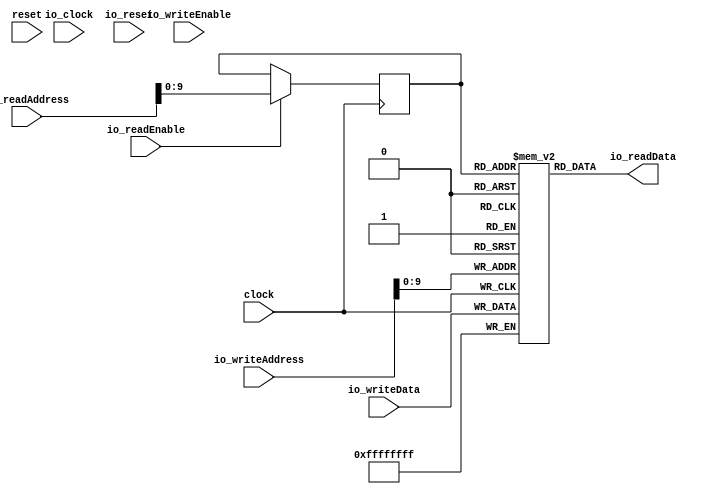
module bsram( // @[:@3.2]
  input         clock, // @[:@4.4]
  input         reset, // @[:@5.4]
  input         io_clock, // @[:@6.4]
  input         io_reset, // @[:@6.4]
  input  [19:0] io_readAddress, // @[:@6.4]
  input         io_readEnable, // @[:@6.4]
  input         io_writeEnable, // @[:@6.4]
  input  [19:0] io_writeAddress, // @[:@6.4]
  input  [31:0] io_writeData, // @[:@6.4]
  output [31:0] io_readData // @[:@6.4]
);
  reg [31:0] mem [0:1023]; // @[bsram.scala 29:22:@8.4]
  reg [31:0] _RAND_0;
  wire [31:0] mem__T_31_data; // @[bsram.scala 29:22:@8.4]
  wire [9:0] mem__T_31_addr; // @[bsram.scala 29:22:@8.4]
  wire [31:0] mem__T_24_data; // @[bsram.scala 29:22:@8.4]
  wire [9:0] mem__T_24_addr; // @[bsram.scala 29:22:@8.4]
  wire  mem__T_24_mask; // @[bsram.scala 29:22:@8.4]
  wire  mem__T_24_en; // @[bsram.scala 29:22:@8.4]
  wire  _T_25; // @[bsram.scala 32:55:@12.4]
  wire [9:0] _T_30; // @[bsram.scala 32:24:@18.6]
  reg [9:0] mem__T_31_addr_pipe_0;
  reg [31:0] _RAND_1;
  assign mem__T_31_addr = mem__T_31_addr_pipe_0;
  assign mem__T_31_data = mem[mem__T_31_addr]; // @[bsram.scala 29:22:@8.4]
  assign mem__T_24_data = io_writeData;
  assign mem__T_24_addr = io_writeAddress[9:0];
  assign mem__T_24_mask = 1'h1;
  assign mem__T_24_en = 1'h1;
  assign _T_25 = io_readEnable; // @[bsram.scala 32:55:@12.4]
  assign _T_30 = io_readAddress[9:0]; // @[bsram.scala 32:24:@18.6]
  assign io_readData = mem__T_31_data; // @[bsram.scala 32:13:@21.4]
`ifdef RANDOMIZE_GARBAGE_ASSIGN
`define RANDOMIZE
`endif
`ifdef RANDOMIZE_INVALID_ASSIGN
`define RANDOMIZE
`endif
`ifdef RANDOMIZE_REG_INIT
`define RANDOMIZE
`endif
`ifdef RANDOMIZE_MEM_INIT
`define RANDOMIZE
`endif
`ifdef RANDOMIZE
  integer initvar;
  initial begin
    `ifndef verilator
      #0.002 begin end
    `endif
  _RAND_0 = {1{$random}};
  `ifdef RANDOMIZE_MEM_INIT
  for (initvar = 0; initvar < 1024; initvar = initvar+1)
    mem[initvar] = _RAND_0[31:0];
  `endif // RANDOMIZE_MEM_INIT
  `ifdef RANDOMIZE_REG_INIT
  _RAND_1 = {1{$random}};
  mem__T_31_addr_pipe_0 = _RAND_1[9:0];
  `endif // RANDOMIZE_REG_INIT
  end
`endif // RANDOMIZE
  always @(posedge clock) begin
    if(mem__T_24_en & mem__T_24_mask) begin
      mem[mem__T_24_addr] <= mem__T_24_data; // @[bsram.scala 29:22:@8.4]
    end
    if (_T_25) begin
      mem__T_31_addr_pipe_0 <= _T_30;
    end
  end
endmodule